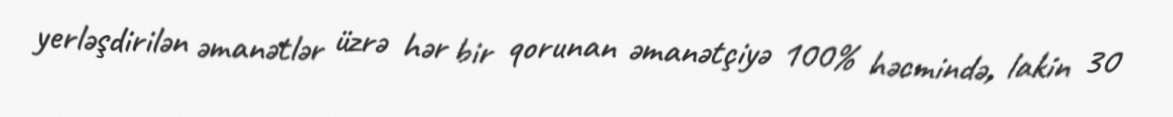
yerləşdirilən əmanətlər üzrə hər bir qorunan əmanətçiyə 100% həcmində, lakin 30